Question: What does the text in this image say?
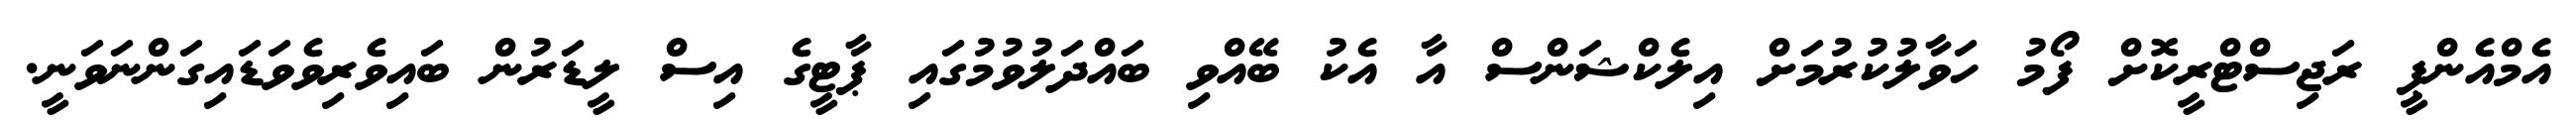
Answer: އެމްއެންޕީ ރަޖިސްޓްރީކޮށް ފޯމު ހަވާލުކުރުމަށް އިލެކްޝަންސް އާ އެކު ބޭއްވި ބައްދަލުވުމުގައި ޕާޓީގެ އިސް ލީޑަރުން ބައިވެރިވެވަޑައިގަންނަވަނީ.